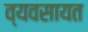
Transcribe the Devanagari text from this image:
व्यवसायत